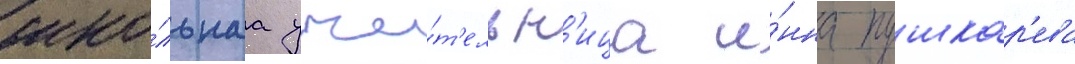
шко́льнаа учи́т'ельн'ица и́нна пушкар'ева